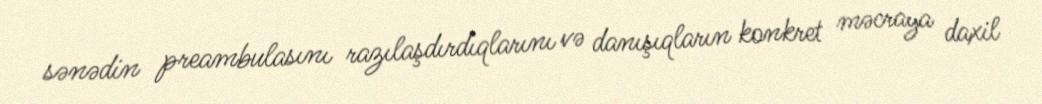
sənədin preambulasını razılaşdırdıqlarını və danışıqların konkret məcraya daxil